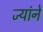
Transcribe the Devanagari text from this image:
ज्यांने